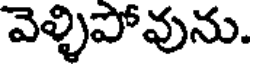
వెళ్ళిపోవును.